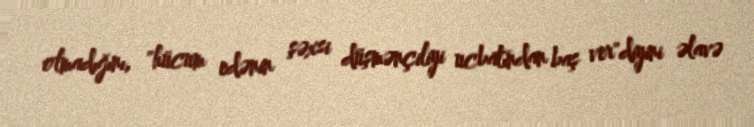
olmadığını, "hücum edənin şəxsi düşmənçiliyi ucbatından baş ver"diyini əlavə